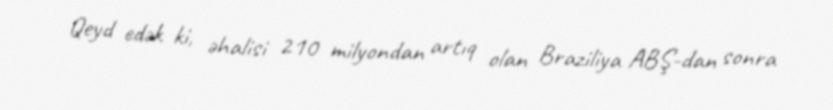
Qeyd edək ki, əhalisi 210 milyondan artıq olan Braziliya ABŞ-dan sonra